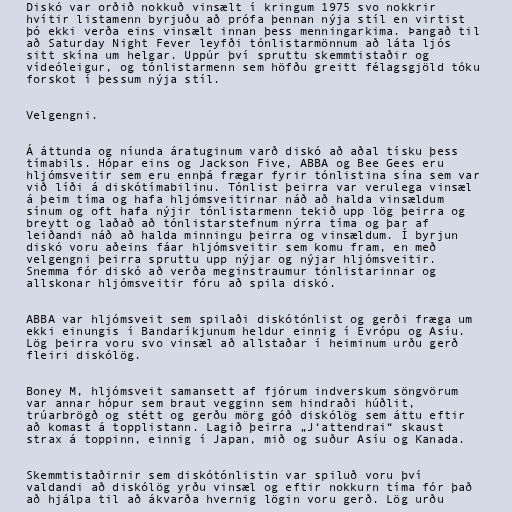
Diskó var orðið nokkuð vinsælt í kringum 1975 svo nokkrir
hvítir listamenn byrjuðu að prófa þennan nýja stíl en virtist
þó ekki verða eins vinsælt innan þess menningarkima. Þangað til
að Saturday Night Fever leyfði tónlistarmönnum að láta ljós
sitt skína um helgar. Uppúr því spruttu skemmtistaðir og
vídeóleigur, og tónlistarmenn sem höfðu greitt félagsgjöld tóku
forskot í þessum nýja stíl.

Velgengni.

Á áttunda og níunda áratuginum varð diskó að aðal tísku þess
tímabils. Hópar eins og Jackson Five, ABBA og Bee Gees eru
hljómsveitir sem eru ennþá frægar fyrir tónlistina sína sem var
við líði á diskótímabilinu. Tónlist þeirra var verulega vinsæl
á þeim tíma og hafa hljómsveitirnar náð að halda vinsældum
sínum og oft hafa nýjir tónlistarmenn tekið upp lög þeirra og
breytt og laðað að tónlistarstefnum nýrra tíma og þar af
leiðandi náð að halda minningu þeirra og vinsældum. Í byrjun
diskó voru aðeins fáar hljómsveitir sem komu fram, en með
velgengni þeirra spruttu upp nýjar og nýjar hljómsveitir.
Snemma fór diskó að verða meginstraumur tónlistarinnar og
allskonar hljómsveitir fóru að spila diskó.

ABBA var hljómsveit sem spilaði diskótónlist og gerði fræga um
ekki einungis í Bandaríkjunum heldur einnig í Evrópu og Asíu.
Lög þeirra voru svo vinsæl að allstaðar í heiminum urðu gerð
fleiri diskólög.

Boney M, hljómsveit samansett af fjórum indverskum söngvörum
var annar hópur sem braut vegginn sem hindraði húðlit,
trúarbrögð og stétt og gerðu mörg góð diskólög sem áttu eftir
að komast á topplistann. Lagið þeirra „J‘attendrai“ skaust
strax á toppinn, einnig í Japan, mið og suður Asíu og Kanada.

Skemmtistaðirnir sem diskótónlistin var spiluð voru því
valdandi að diskólög yrðu vinsæl og eftir nokkurn tíma fór það
að hjálpa til að ákvarða hvernig lögin voru gerð. Lög urðu